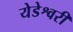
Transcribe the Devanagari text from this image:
येडेश्वरी